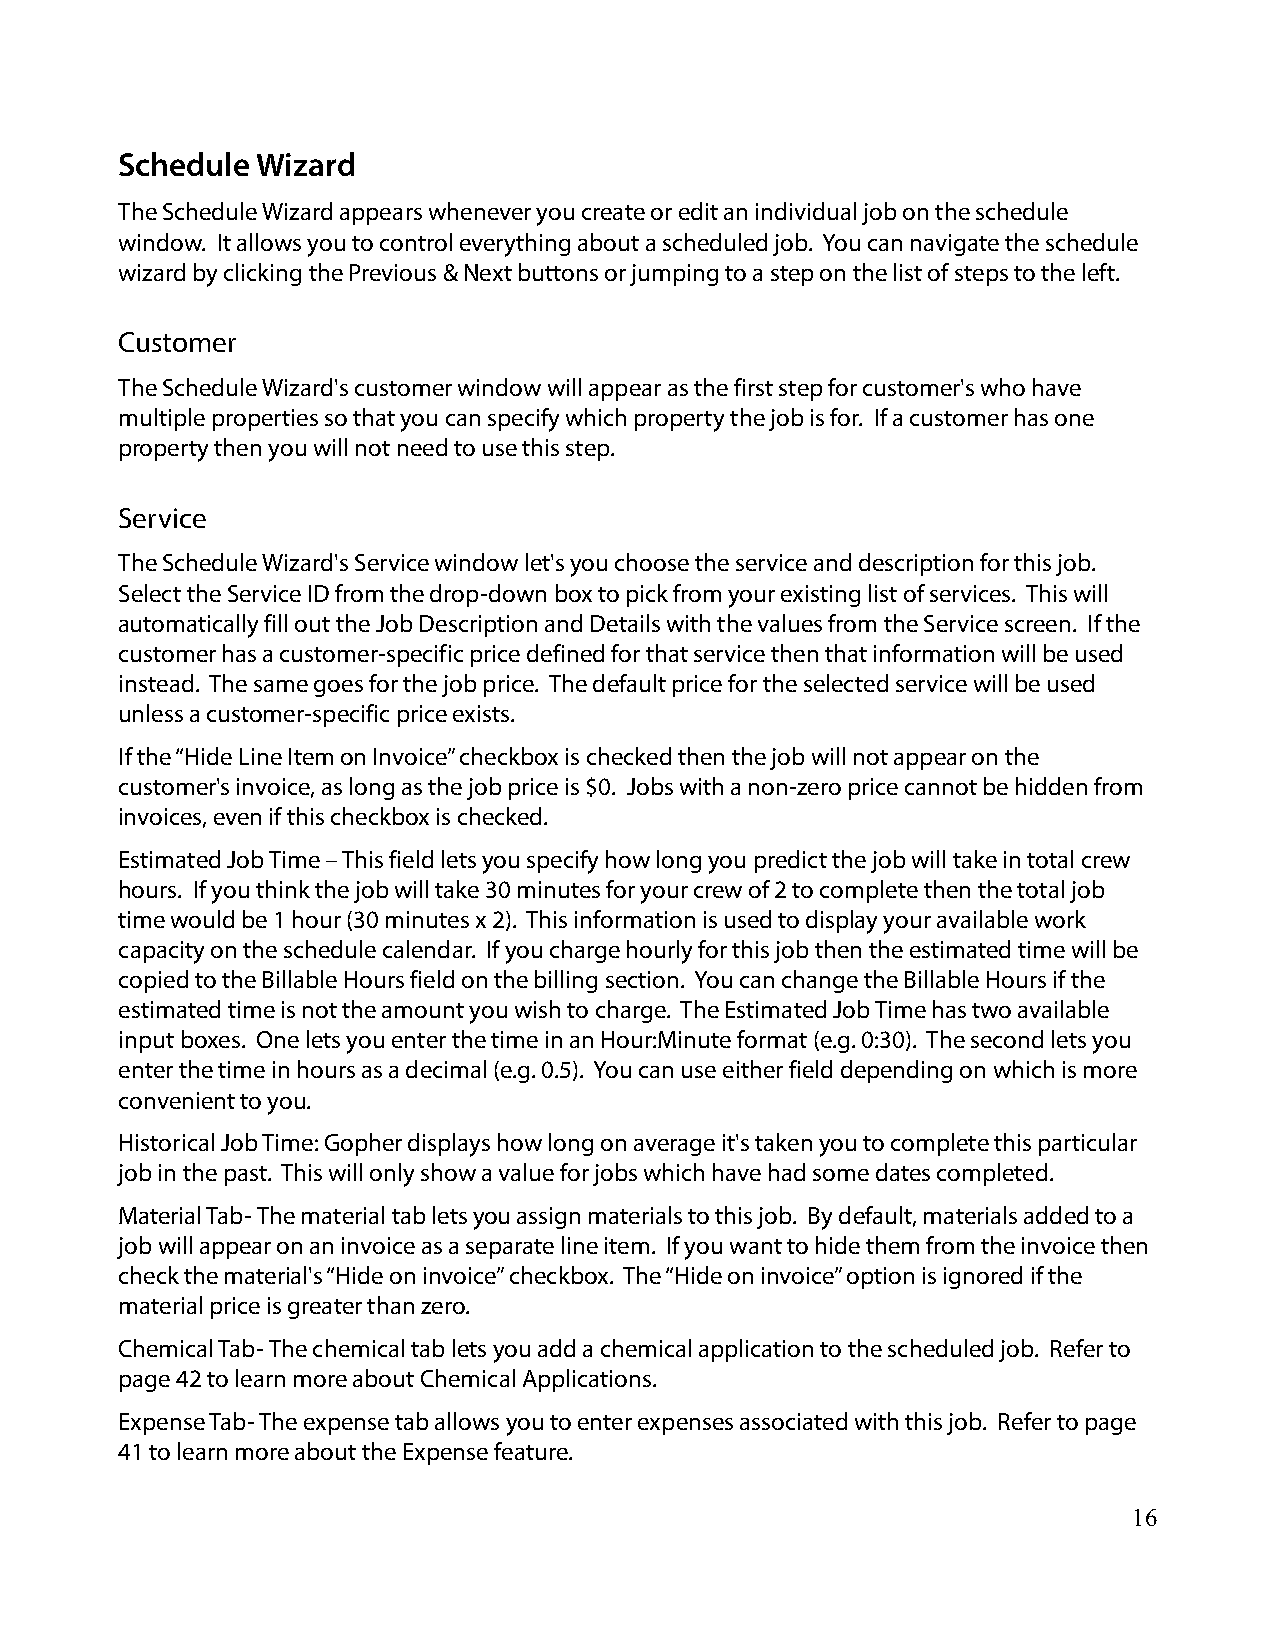
Schedule Wizard
 The Schedule Wizard appears whenever you create or edit an individual job on the schedule
 window. It allows you to control everything about a scheduled job. You can navigate the schedule
 wizard by clicking the Previous & Next buttons or jumping to a step on the list of steps to the left.
 Customer
 The Schedule Wizard's customer window will appear as the first step for customer's who have
 multiple properties so that you can specify which property the job is for. If a customer has one
 property then you will not need to use this step.
 Service
 The Schedule Wizard's Service window let's you choose the service and description for this job.
 Select the Service ID from the drop-down box to pick from your existing list of services. This will
 automatically fill out the Job Description and Details with the values from the Service screen. If the
 customer has a customer-specific price defined for that service then that information will be used
 instead. The same goes for the job price. The default price for the selected service will be used
 unless a customer-specific price exists.
 If the “Hide Line Item on Invoice” checkbox is checked then the job will not appear on the
 customer's invoice, as long as the job price is $0. Jobs with a non-zero price cannot be hidden from
 invoices, even if this checkbox is checked.
 Estimated Job Time – This field lets you specify how long you predict the job will take in total crew
 hours. If you think the job will take 30 minutes for your crew of 2 to complete then the total job
 time would be 1 hour (30 minutes x 2). This information is used to display your available work
 capacity on the schedule calendar. If you charge hourly for this job then the estimated time will be
 copied to the Billable Hours field on the billing section. You can change the Billable Hours if the
 estimated time is not the amount you wish to charge. The Estimated Job Time has two available
 input boxes. One lets you enter the time in an Hour:Minute format (e.g. 0:30). The second lets you
 enter the time in hours as a decimal (e.g. 0.5). You can use either field depending on which is more
 convenient to you.
 Historical Job Time: Gopher displays how long on average it's taken you to complete this particular
 job in the past. This will only show a value for jobs which have had some dates completed.
 Material Tab- The material tab lets you assign materials to this job. By default, materials added to a
 job will appear on an invoice as a separate line item. If you want to hide them from the invoice then
 check the material's “Hide on invoice” checkbox. The “Hide on invoice” option is ignored if the
 material price is greater than zero.
 Chemical Tab- The chemical tab lets you add a chemical application to the scheduled job. Refer to
 page 42 to learn more about Chemical Applications.
 Expense Tab- The expense tab allows you to enter expenses associated with this job. Refer to page
 41 to learn more about the Expense feature.
 16